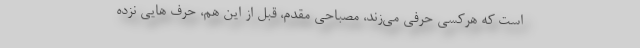
است که هرکسی حرفی می‌زند، مصباحی مقدم، قبل از این هم، حرف هایی نزده